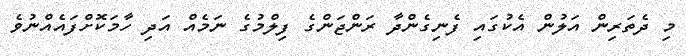
މި ދެތަރިން އަލުން އެކުގައި ފެނިގެންދާ ރަންޖަންގެ ފިލްމުގެ ނަމެއް އަދި ހާމަކޮށްފައެއްނުވެ